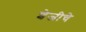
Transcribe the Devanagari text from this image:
शेजीचे